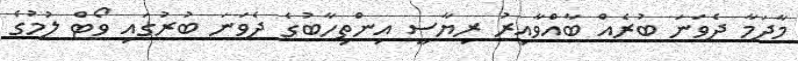
މާދަމާ ދެވަނަ ބުރެއް ބާއްވާއިރު ރިޔާސީ އިންތިހާބުގެ ދެވަނަ ބުރުގައި ވޯޓް ލުމުގެ